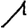
Digit: 1